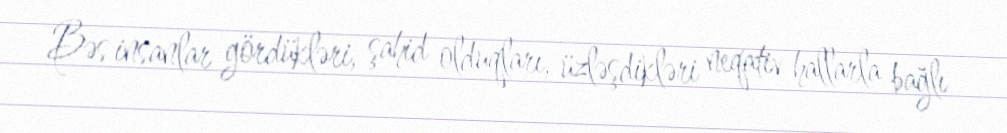
Bəs insanlar gördükləri, şahid olduqları, üzləşdikləri neqativ hallarla bağlı